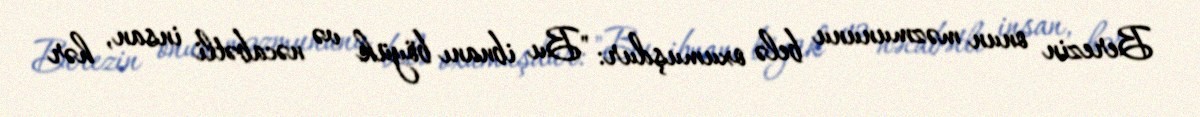
Berezin onun məzmununu belə oxumuşdur: "Bu ibnanı böyük və nəcabətli insan, hər